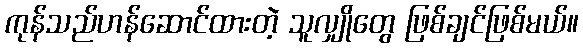
ကုန်သည်ဟန်ဆောင်ထားတဲ့ သူလျှိုတွေ ဖြစ်ချင်ဖြစ်မယ်။